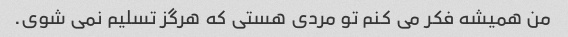
من همیشه فکر می کنم تو مردی هستی که هرگز تسلیم نمی شوی.